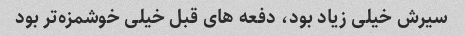
سیرش خیلی زیاد بود، دفعه هاى قبل خیلی خوشمزه‌تر بود